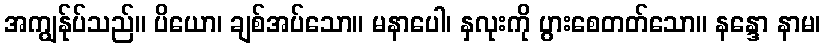
အကျွန်ုပ်သည်။ ပိယော၊ ချစ်အပ်သော။ မနာပေါ၊ နှလုးကို ပွားစေတတ်သော။ နန္ဒော နာမ၊